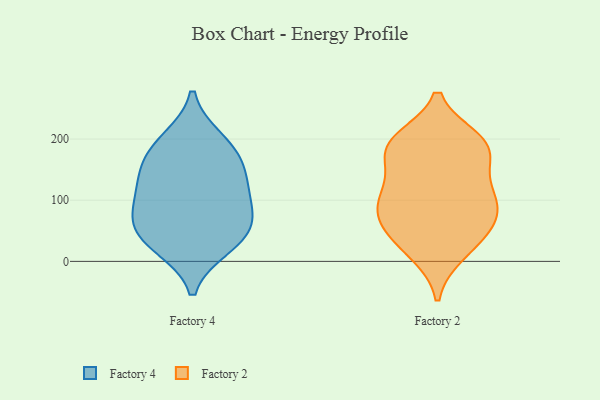
{"axis": {"x": "Gross Profit (USD K)", "y": "Value"}, "legend": ["Factory 2", "Factory 4"], "data": [{"x": "", "y": 25, "type": "Factory 4"}, {"x": "", "y": 163, "type": "Factory 4"}, {"x": "", "y": 198, "type": "Factory 4"}, {"x": "", "y": 128, "type": "Factory 4"}, {"x": "", "y": 77, "type": "Factory 4"}, {"x": "", "y": 101, "type": "Factory 4"}, {"x": "", "y": 136, "type": "Factory 4"}, {"x": "", "y": 48, "type": "Factory 4"}, {"x": "", "y": 69, "type": "Factory 4"}, {"x": "", "y": 33, "type": "Factory 4"}, {"x": "", "y": 185, "type": "Factory 4"}, {"x": "", "y": 127, "type": "Factory 2"}, {"x": "", "y": 199, "type": "Factory 2"}, {"x": "", "y": 65, "type": "Factory 2"}, {"x": "", "y": 198, "type": "Factory 2"}, {"x": "", "y": 53, "type": "Factory 2"}, {"x": "", "y": 98, "type": "Factory 2"}, {"x": "", "y": 176, "type": "Factory 2"}, {"x": "", "y": 50, "type": "Factory 2"}, {"x": "", "y": 13, "type": "Factory 2"}, {"x": "", "y": 192, "type": "Factory 2"}, {"x": "", "y": 182, "type": "Factory 2"}, {"x": "", "y": 104, "type": "Factory 2"}, {"x": "", "y": 74, "type": "Factory 2"}, {"x": "", "y": 19, "type": "Factory 2"}, {"x": "", "y": 180, "type": "Factory 2"}, {"x": "", "y": 92, "type": "Factory 2"}, {"x": "", "y": 121, "type": "Factory 2"}]}